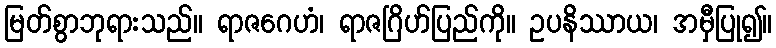
မြတ်စွာဘုရားသည်။ ရာဇဂေဟံ၊ ရာဇဂြိဟ်ပြည်ကို။ ဥပနိဿာယ၊ အမှီပြု၍။